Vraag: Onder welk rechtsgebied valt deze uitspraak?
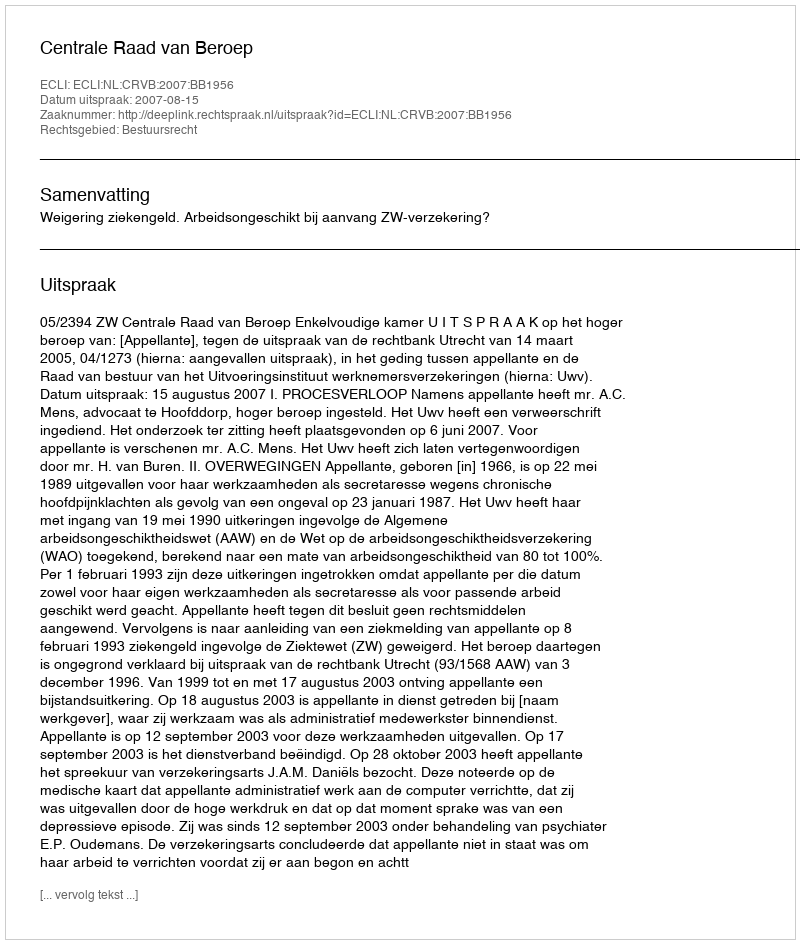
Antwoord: Bestuursrecht